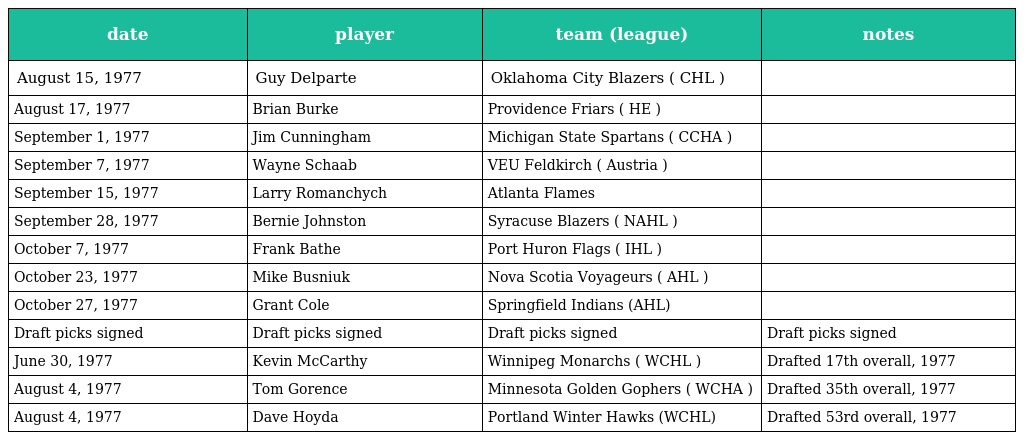
| date | player | team (league) | notes |
 | --- | --- | --- | --- |
 | August 15, 1977 | Guy Delparte | Oklahoma City Blazers ( CHL ) |  |
 | August 17, 1977 | Brian Burke | Providence Friars ( HE ) |  |
 | September 1, 1977 | Jim Cunningham | Michigan State Spartans ( CCHA ) |  |
 | September 7, 1977 | Wayne Schaab | VEU Feldkirch ( Austria ) |  |
 | September 15, 1977 | Larry Romanchych | Atlanta Flames |  |
 | September 28, 1977 | Bernie Johnston | Syracuse Blazers ( NAHL ) |  |
 | October 7, 1977 | Frank Bathe | Port Huron Flags ( IHL ) |  |
 | October 23, 1977 | Mike Busniuk | Nova Scotia Voyageurs ( AHL ) |  |
 | October 27, 1977 | Grant Cole | Springfield Indians (AHL) |  |
 | Draft picks signed | Draft picks signed | Draft picks signed | Draft picks signed |
 | June 30, 1977 | Kevin McCarthy | Winnipeg Monarchs ( WCHL ) | Drafted 17th overall, 1977 |
 | August 4, 1977 | Tom Gorence | Minnesota Golden Gophers ( WCHA ) | Drafted 35th overall, 1977 |
 | August 4, 1977 | Dave Hoyda | Portland Winter Hawks (WCHL) | Drafted 53rd overall, 1977 |